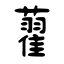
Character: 藋